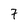
Character: 7